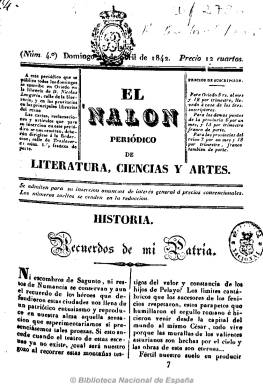
Título: El Nalón (Oviedo)
Colección: Revistas de información general
Ámbito geográfico: Asturias
Lugar de publicación: Oviedo
Fechas: 10/04/1842-17/07/1842

Subtitulado como “periódico de literatura, ciencias y arte”, de periodicidad semanal (salía los domingos), fue obra de un grupo de jóvenes ovetenses en torno a su fundador, Ciriaco Miguel Vigil (1819-1903), adscritos al romanticismo imperante y que inician el desarrollo del movimiento literario en la capital asturiana. Se dan citan en esta publicación Miguel Menéndez Arango, José M. Albuerne, J. B. Posada, Ceferino Suárez Bravo y Gabriel Ortiz, entre otros. La revista contiene tanto textos en prosa como en verso: artículos de historia, genealogía, antigüedades y costumbrismo local, de lengua castellana, relatos literarios, bibliografía y avisos. De 16 páginas cada número y paginación continuada, su existencia fue breve. Ha sido editada una edición en facsímil.